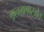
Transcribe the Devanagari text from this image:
मूलभाषास्त्रोत